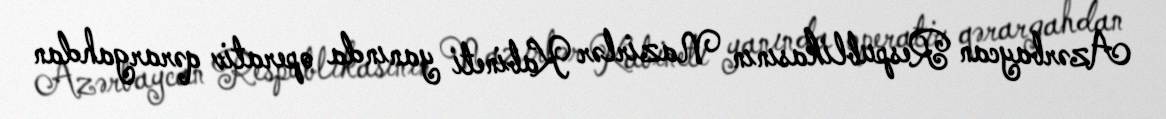
Azərbaycan Respublikasının Nazirlər Kabineti yanında operativ qərargahdan